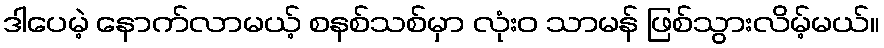
ဒါပေမဲ့ နောက်လာမယ့် စနစ်သစ်မှာ လုံးဝ သာမန် ဖြစ်သွားလိမ့်မယ်။